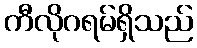
ကီလိုဂရမ်ရှိသည်